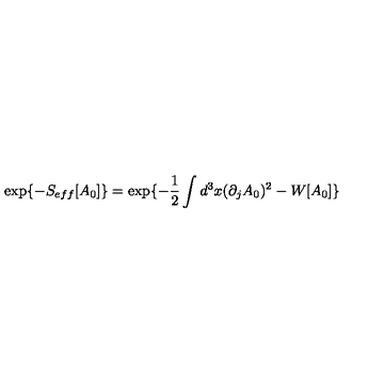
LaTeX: \exp \{ - S _ { e f f } [ A _ { 0 } ] \} = \exp \{ - \frac { 1 } { 2 } \int d ^ { 3 } x ( \partial _ { j } A _ { 0 } ) ^ { 2 } - W [ A _ { 0 } ] \}